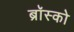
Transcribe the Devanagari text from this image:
ब्रॉस्को